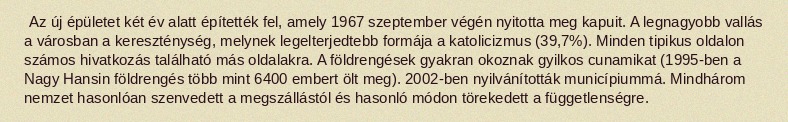
Az új épületet két év alatt építették fel, amely 1967 szeptember végén nyitotta meg kapuit. A legnagyobb vallás a városban a kereszténység, melynek legelterjedtebb formája a katolicizmus (39,7%). Minden tipikus oldalon számos hivatkozás található más oldalakra. A földrengések gyakran okoznak gyilkos cunamikat (1995-ben a Nagy Hansin földrengés több mint 6400 embert ölt meg). 2002-ben nyilvánították municípiummá. Mindhárom nemzet hasonlóan szenvedett a megszállástól és hasonló módon törekedett a függetlenségre.